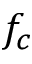
f _ { c }